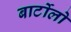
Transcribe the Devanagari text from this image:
बार्टोलो